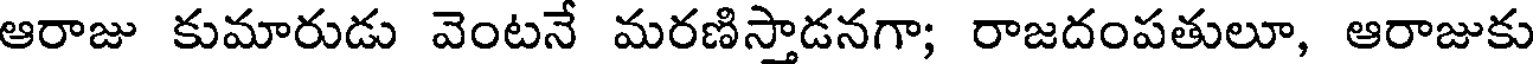
ఆరాజు కుమారుడు వెంటనే మరణిస్తాడనగా; రాజదంపతులూ, ఆరాజుకు